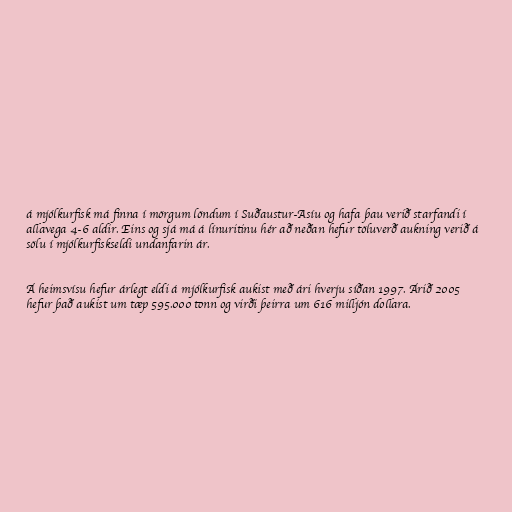
á mjólkurfisk má finna í mörgum löndum í Suðaustur-Asíu og hafa þau verið starfandi í
allavega 4-6 aldir. Eins og sjá má á línuritinu hér að neðan hefur töluverð aukning verið á
sölu í mjólkurfiskseldi undanfarin ár.

Á heimsvísu hefur árlegt eldi á mjólkurfisk aukist með ári hverju síðan 1997. Árið 2005
hefur það aukist um tæp 595.000 tonn og virði þeirra um 616 milljón dollara.